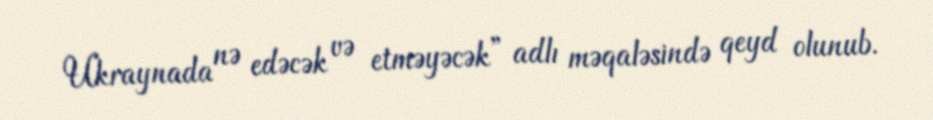
Ukraynada nə edəcək və etməyəcək” adlı məqaləsində qeyd olunub.